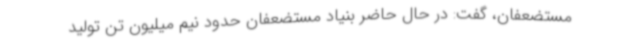
مستضعفان، گفت: در حال حاضر بنیاد مستضعفان حدود نیم میلیون تن تولید